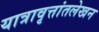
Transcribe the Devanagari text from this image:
यात्रावृत्तांतलेखन